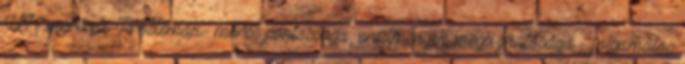
UH mérések Problémák:- mérés pontossága, eredmények megbízhatósága - folyamatos